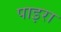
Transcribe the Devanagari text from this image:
पाइरा